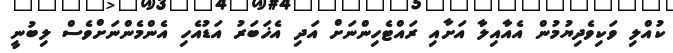
ކުއްލި ވަކިވެދިޔުމުން އެއާއިލާ އަށާއި ރައްޓެހިންނަށް އަދި އެޚަބަރު އަޑުއެހި އެންމެންނަށްވެސް ލިބުނީ